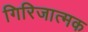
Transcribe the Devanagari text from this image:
गिरिजात्मक